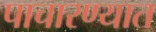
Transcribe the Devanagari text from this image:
पाचारण्यात